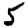
Digit: 5